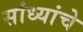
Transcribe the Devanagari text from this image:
सांध्यांचे